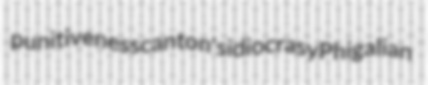
punitiveness canton's idiocrasy Phigalian